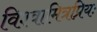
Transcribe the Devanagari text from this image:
विश्वामित्रप्रियः